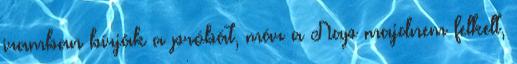
iramban bírják a próbát, már a Nap majdnem felkelt,